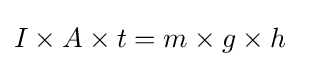
I\times A\times t=m\times g\times h~